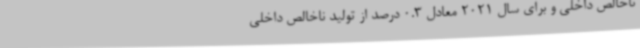
ناخالص داخلی و برای سال 2021 معادل 0.3 درصد از تولید ناخالص داخلی